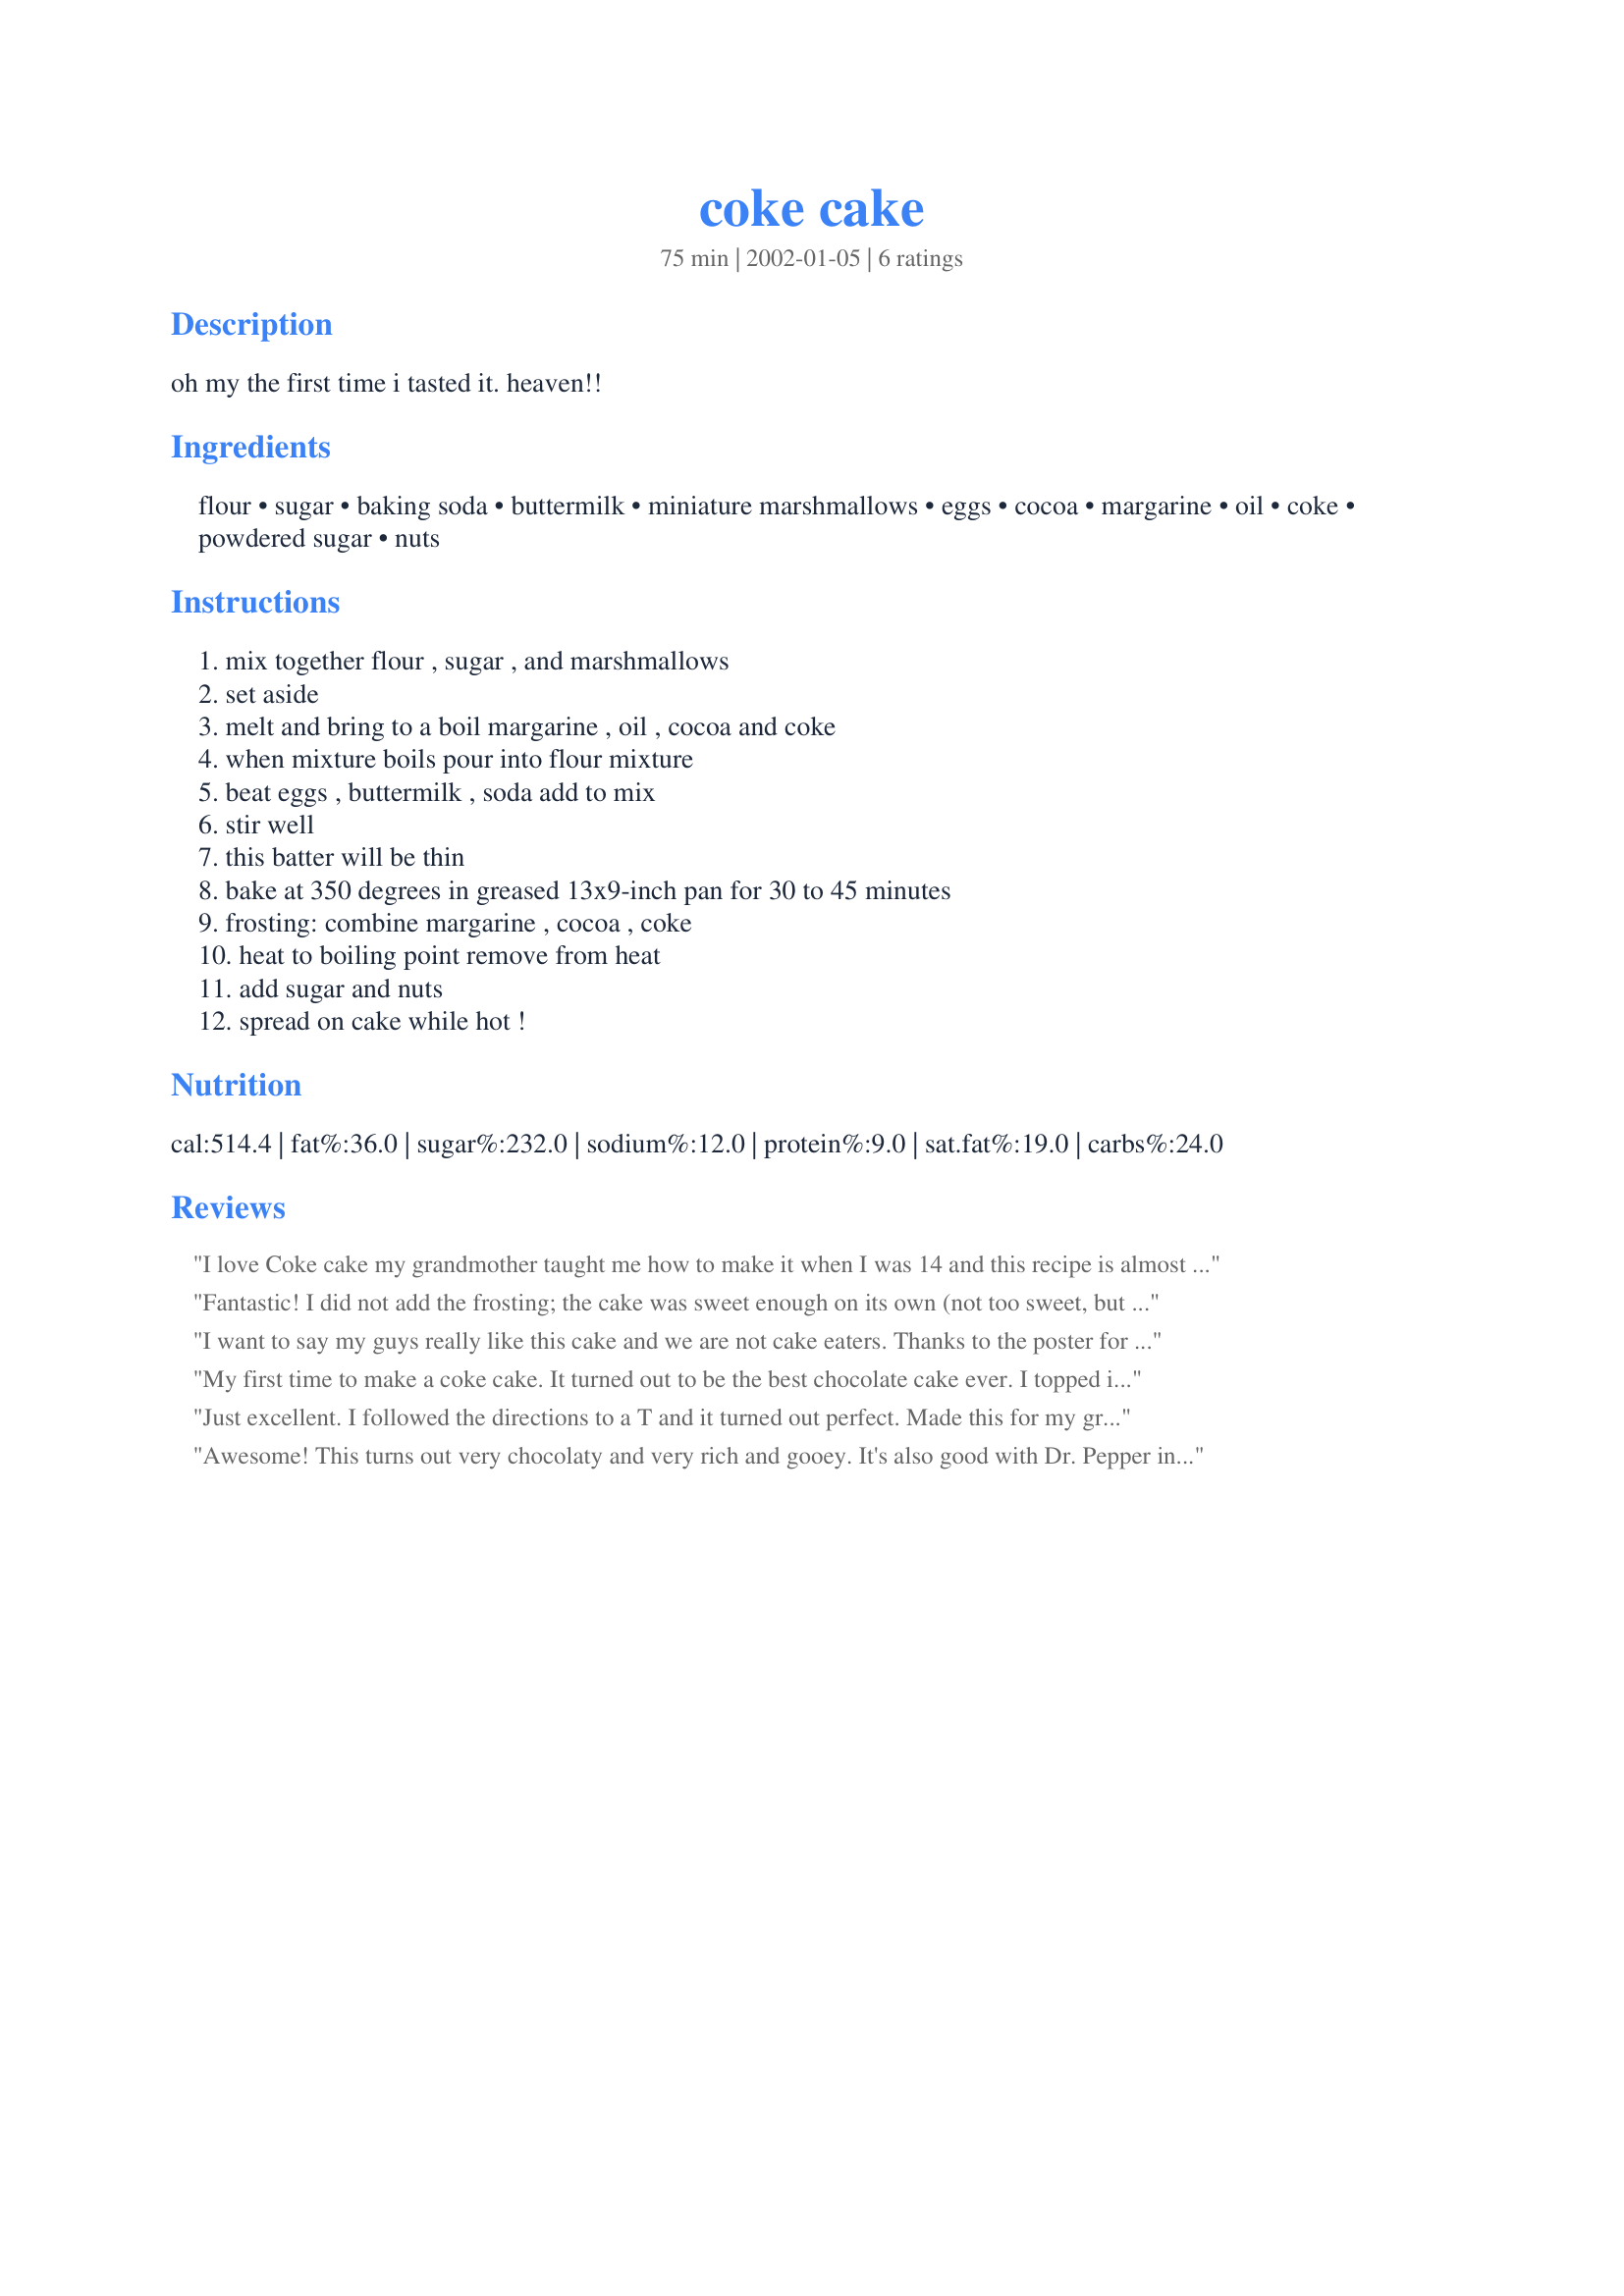
coke cake
Preparation time: 75 minutes

oh my the first time i tasted it. heaven!!

Ingredients:
flour, sugar, baking soda, buttermilk, miniature marshmallows, eggs, cocoa, margarine, oil, coke, powdered sugar, nuts

Steps:
mix together flour , sugar , and marshmallows, set aside, melt and bring to a boil margarine , oil , cocoa and coke, when mixture boils pour into flour mixture, beat eggs , buttermilk , soda add to mix, stir well, this batter will be thin, bake at 350 degrees in greased 13x9-inch pan for 30 to 45 minutes, frosting: combine margarine , cocoa , coke, heat to boiling point remove from heat, add sugar and nuts, spread on cake while hot !

Reviews:
I love Coke cake my grandmother taught me how to make it when I was 14 and this recipe is almost exactly like hers the only thing missing is 1 1/2 cups of pecans in the cake itself but her recipe disappeared so I have been looking for a recipe to use I am glad I found this one
Fantastic! I did not add the frosting; the cake was sweet enough on its own (not too sweet, but just right...I felt frosting would overpower it). This was a hit, thanks for sharing!
I want to say my guys really like this cake and we are not cake eaters. Thanks to the poster for making the directions clear. I had a simular one that did not tell what to do with the marshamllows just listed them as an ingrediant. So thank for this recipe. i di not use the frosting, the guys liked it without it. i rate this very good indeed!!
My first time to make a coke cake. It turned out to be the best chocolate cake ever. I topped it off with the coke cake frosting from a Cajun recipe website.
http://www.realcajunrecipes.com/recipes/cajun/coke-cake-frosting/105.rcr
Just excellent. I followed the directions to a T and it turned out perfect. Made this for my granddaughter&#039;s 13th birthday and she gave her Grandma a big hug and a kiss, which just lights up my world. This cake has just the right amount of sweetness for us. Thanks so much for sharing.
Awesome! This turns out very chocolaty and very rich and gooey. It's also good with Dr. Pepper instead of Coke.
